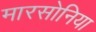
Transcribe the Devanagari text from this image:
मारसोनिया